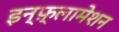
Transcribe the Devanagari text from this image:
इन्फ़्लामेशन